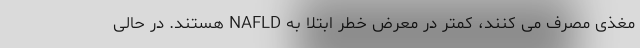
مغذی مصرف می‌ کنند، کمتر در معرض خطر ابتلا به NAFLD هستند. در حالی